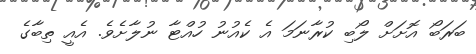
ބަރަބޯ އޮށަށް ލޯބި ކުރާނަމަ އެ ކެއުނު ހުއްޓާ ނުލާށެވެ. އެއީ ތިބާގެ